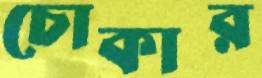
চোকার